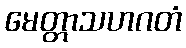
မေတ္တာသဟဂတံ